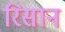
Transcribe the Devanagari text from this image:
रिसान